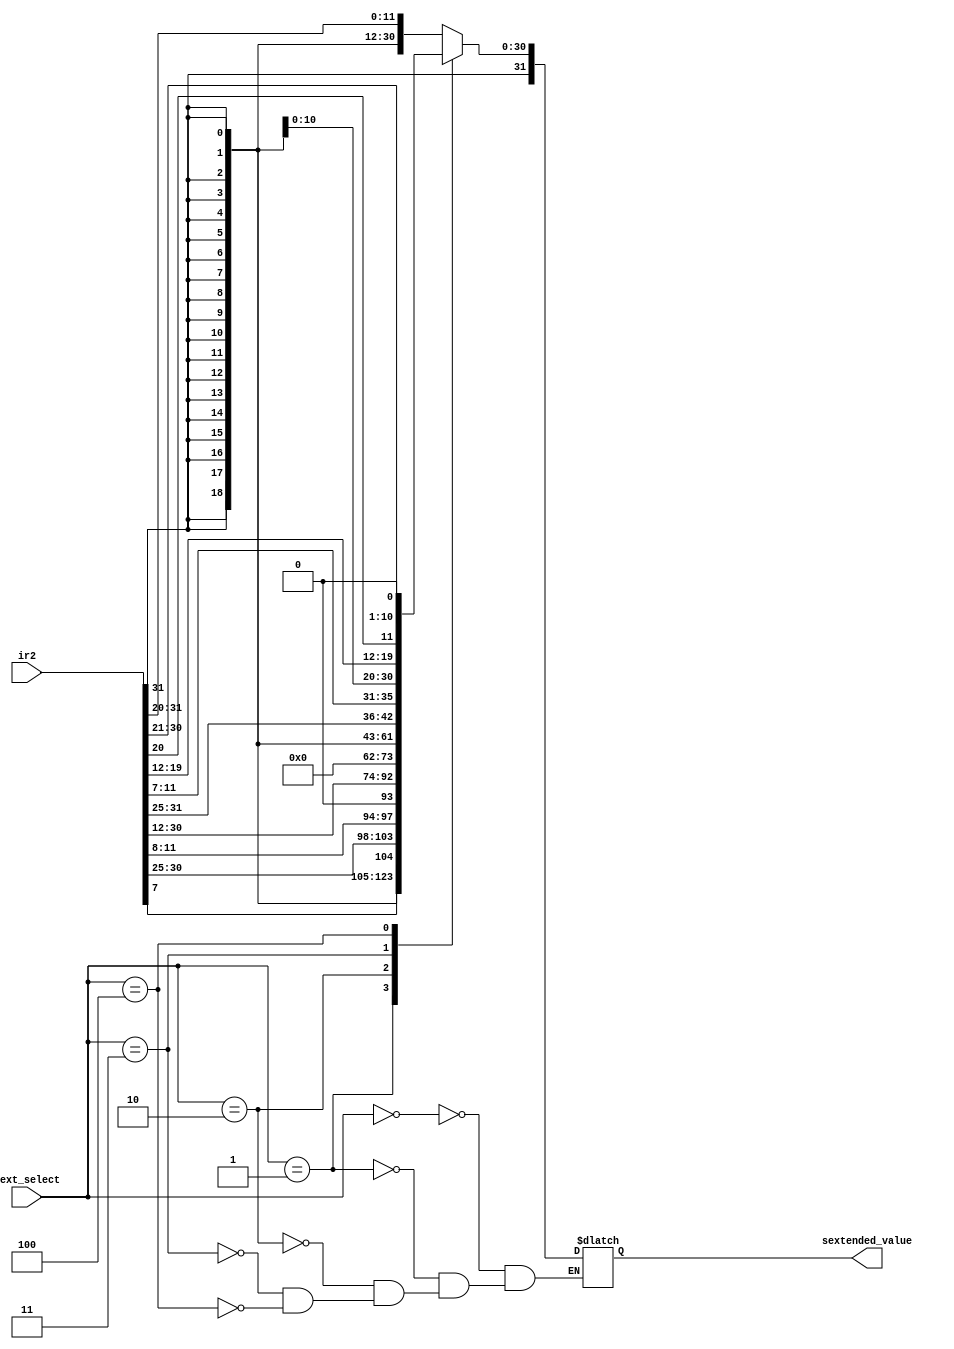
module sext(ir2,sext_select,sextended_value);

input[31:0] ir2; //instruction output from 1st stage after passing through dff
input[2:0] sext_select; //select line for sign extension 
output[31:0] sextended_value; //output of sign extension
reg[31:0] sextended_value; 	
always @(*)
		begin
			case(sext_select)
				0: sextended_value<= {{21{ir2[31]}},ir2[30:25],ir2[24:21],ir2[20]}; //I-imm 
				1: sextended_value<= {{20{ir2[31]}},ir2[7],ir2[30:25],ir2[11:8],1'b0};//B-imm
				2: sextended_value<= {ir2[31],ir2[30:20],ir2[19:12],{12{1'b0}}};//U-imm
				3: sextended_value<= {{21{ir2[31]}},ir2[30:25],ir2[11:8],ir2[7]};//S-imm
				4: sextended_value<= {{12{ir2[31]}},ir2[19:12],ir2[20],ir2[30:25],ir2[24:21],1'b0};//J -imm
			endcase
		end
endmodule